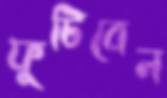
ফুটিবেন